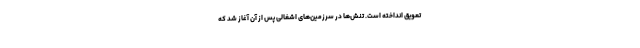
تعویق انداخته است. تنش‌ها در سرزمین‌های اشغالی پس از آن آغاز شد که